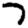
Digit: 7